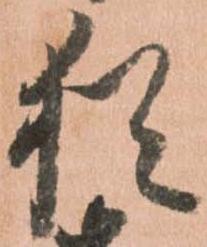
猶